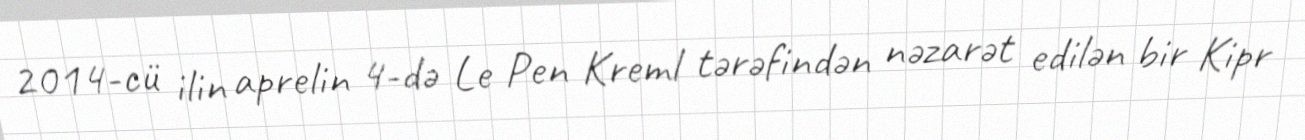
2014-cü ilin aprelin 4-də Le Pen Kreml tərəfindən nəzarət edilən bir Kipr